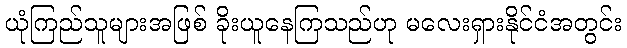
ယုံကြည်သူများအဖြစ် ခိုးယူနေကြသည်ဟု မလေးရှားနိုင်ငံအတွင်း